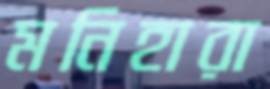
মনিহারা